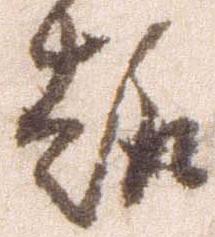
趣